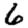
Digit: 6